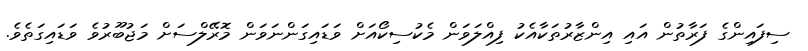
ސިފައިންގެ ފަރާތުން އައި އިންޒާރުތަކާއެކު ފިއްލަވަން މެކުސިކޯއަށް ވަޑައިގަންނަވަން މޮރޭލްސަށް މަޖުބޫރުވެ ވަޑައިގަތެވެ.